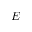
{ \boldsymbol E }